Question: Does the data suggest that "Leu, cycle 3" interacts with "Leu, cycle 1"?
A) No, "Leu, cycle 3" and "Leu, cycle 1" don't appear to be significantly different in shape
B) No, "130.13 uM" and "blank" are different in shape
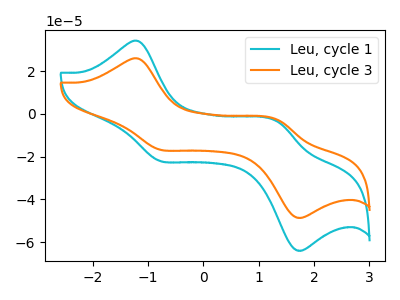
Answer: <think>The cyan curve "Leu, cycle 1" has anodic peaks at (-1.20V, 34.15uA) (1.35V, -3.50uA) and cathodic peaks at (-0.80V, -21.90uA) (1.70V, -63.65uA). The orange curve "Leu, cycle 3" has anodic peaks at (-1.20V, 25.95uA) (1.35V, -2.65uA) and cathodic peaks at (-0.80V, -16.65uA) (1.70V, -48.35uA).
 All the peaks in "Leu, cycle 3" have a peak in "Leu, cycle 1" at the same potential.</think>
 <answer>A) No, "Leu, cycle 3" and "Leu, cycle 1" don't appear to be significantly different in shape</answer>
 <eval>A</eval>